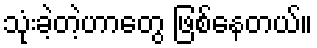
သုံးခဲ့တဲ့ဟာတွေ ဖြစ်နေတယ်။